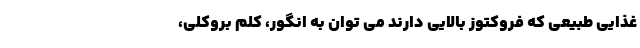
غذایی طبیعی که فروکتوز بالایی دارند می توان به انگور، کلم بروکلی،